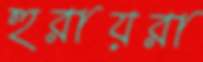
হুরায়রা